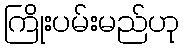
ကြိုးပမ်းမည်ဟု